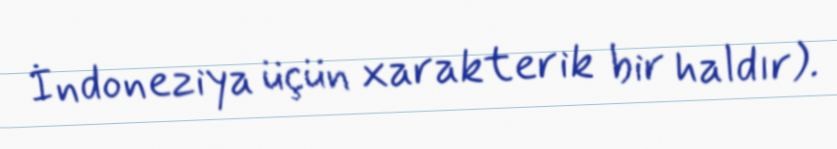
İndoneziya üçün xarakterik bir haldır).